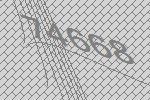
74668